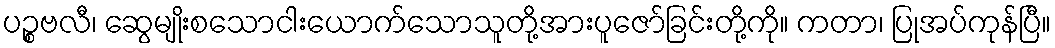
ပဉ္စဗလီ၊ ဆွေမျိုးစသောငါးယောက်သောသူတို့အားပူဇော်ခြင်းတို့ကို။ ကတာ၊ ပြုအပ်ကုန်ပြီ။